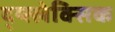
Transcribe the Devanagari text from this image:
द्य्स्लेक्सिक